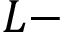
L -